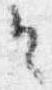
令